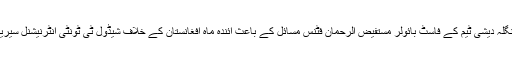
30 مئی2018ء) بنگلہ دیشی ٹیم کے فاسٹ بائولر مستفیض الرحمان فٹنس مسائل کے باعث آئندہ ماہ افغانستان کے خلاف شیڈول ٹی ٹونٹی انٹرنیشنل سیریز سے باہر ہو گئے۔